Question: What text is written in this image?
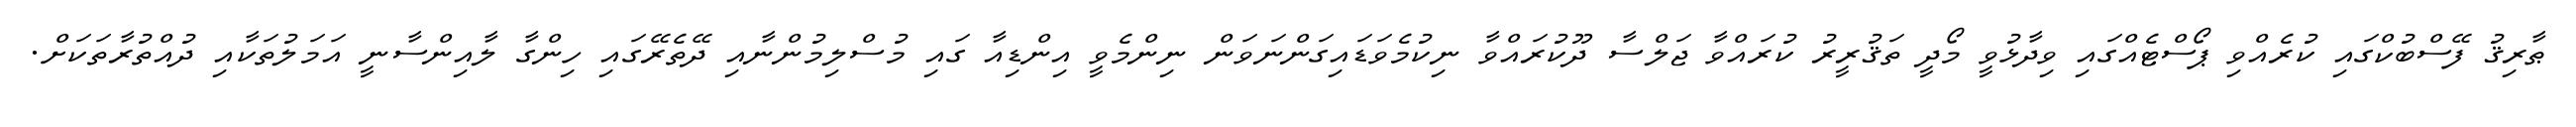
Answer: ޠާރިޤު ފޭސްބުކްގައި ކުރެއްވި ޕޯސްޓެއްގައި ވިދާޅުވީ މޯދީ ތަޤުރީރު ކުރައްވާ ޖަލްސާ ދޫކުރައްވާ ނިކުމެވަޑައިގަންނަވަން ނިންމެވީ އިންޑިއާ ގައި މުސްލިމުންނާއި ދޭތެރޭގައި ހިންގާ ލާއިންސާނީ އަމަލުތަކާއި ދުއްތުރާތަކަށް.